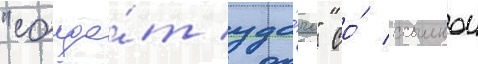
"солда́т уда́чи" со́ ссылкои